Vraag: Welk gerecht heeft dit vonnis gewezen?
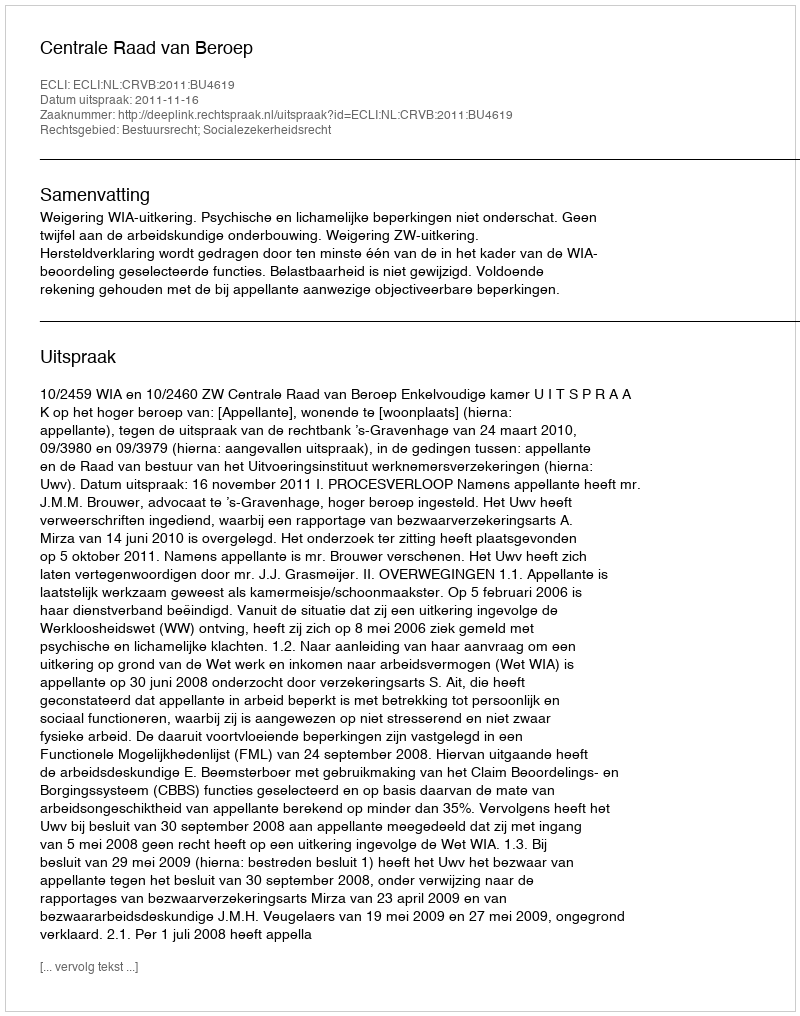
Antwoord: Centrale Raad van Beroep